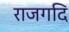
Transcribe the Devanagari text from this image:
राजगदि